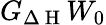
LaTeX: G_{\Delta\mathrm{~H~}}W_{0}